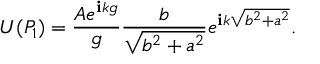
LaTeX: U ( P _ { 1 } ) = { \frac { A e ^ { \mathbf { i } k g } } { g } } { \frac { b } { \sqrt { b ^ { 2 } + a ^ { 2 } } } } e ^ { \mathbf { i } k { \sqrt { b ^ { 2 } + a ^ { 2 } } } } .